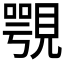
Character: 覨